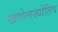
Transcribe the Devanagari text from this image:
खगोलज्योतिष